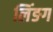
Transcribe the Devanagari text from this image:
लिंङग